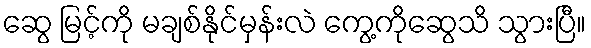
ဆွေ မြင့်ကို မချစ်နိုင်မှန်းလဲ ကွေ့ကိုဆွေသိ သွားပြီ။